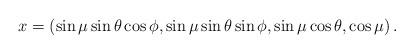
LaTeX: \begin{align*}x = \left( \sin \mu \sin \theta \cos \phi,\sin \mu \sin \theta \sin \phi,\sin \mu \cos \theta,\cos \mu\right).\end{align*}